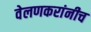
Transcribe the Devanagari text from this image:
वेलणकरांनीच